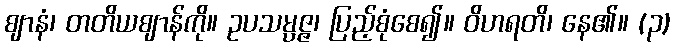
ဈာနံ၊ တတိယဈာန်ကို။ ဥပသမ္ပဇ္ဇ၊ ပြည့်စုံစေ၍။ ဝိဟရတိ၊ နေ၏။ (၃)